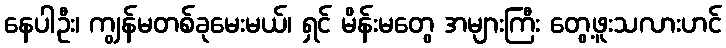
နေပါဦး၊ ကျွန်မတစ်ခုမေးမယ်၊ ရှင် မိန်းမတွေ အများကြီး တွေ့ဖူးသလားဟင်